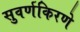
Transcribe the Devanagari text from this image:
सुवर्णकिरणे